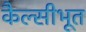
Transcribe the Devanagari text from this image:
कैल्सीभूत